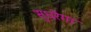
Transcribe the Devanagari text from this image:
सुधरेगा